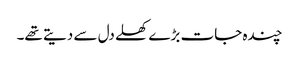
چندہ جات بڑے کھلے دل سے دیتے تھے۔